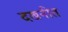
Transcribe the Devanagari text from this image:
दखनीत